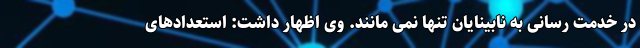
در خدمت رسانی به نابینایان تنها نمی مانند. وی اظهار داشت: استعدادهای